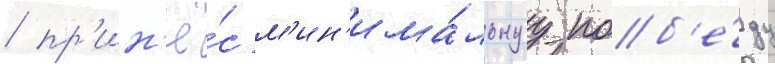
/ пр'ин'ё́с м'ин'има́льнуу поб'е́ду